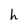
Character: h